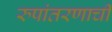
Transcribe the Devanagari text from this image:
रुपांतरणाची